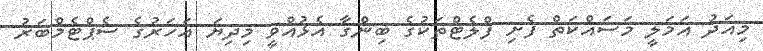
މިއަދު އަމަލީ މަސައްކަތް ފެށި ފްލެޓްތަކުގެ ބިންގާ އެޅުއްވީ މިދިޔަ އަހަރުގެ ސެޕްޓެމްބަރު